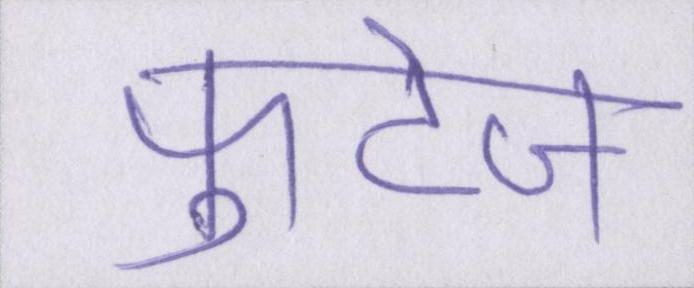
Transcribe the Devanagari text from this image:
फुटेज